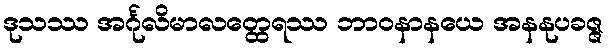
ဒုသဿ အင်္ဂုလိမာလတ္ထေရဿ ဘာဝနာနယေ အနနုပခဇ္ဇ